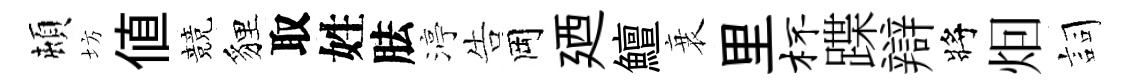
頓坊值競貍取姓胠渟告岡廼鱣衰里杯蹀辯將𤇆詞